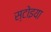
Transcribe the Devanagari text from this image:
स्टोइया